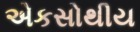
એકસોથીય